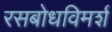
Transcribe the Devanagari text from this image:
रसबोधविमर्श